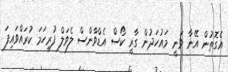
އެގޮތުން އޭނާ ވަނީ މައުހަދުން ގާރީ ކޯސް އެޑްވާންސް ލެވަލް ފުރިހަމަ ކުރައްވައިފަ